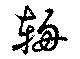
輈